Lunatic asylums in Bengal annual reports 1899-1911 - 1899-1911
Year: 1899
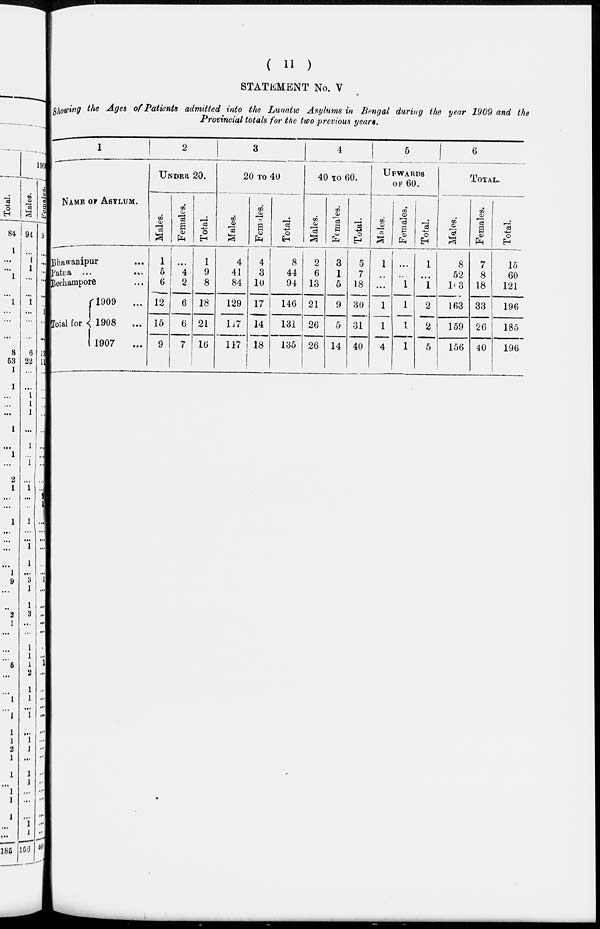
( 11 )
STATEMENT No. V
Showing the Ages of Patients admitted into the Lunatic Asylums in Bengal during the year 1909 and the
Provincial totals for the two previous years.
1
NAME OF ASYLUM.
Bhawanipur ...
Patna ...
...
Berhampore ...
Total for
1909
...
1908
...
1907
...
2
UNDER 20.
Males.
1
5
6
12
15
9
Females.
...
4
2
6
6
7
Total.
1
9
8
18
21
16
3
20 TO 40
Males.
4
41
84
129
117
117
Females.
4
3
10
17
14
18
Total.
8
44
94
146
131
135
4
40 TO 60.
Males.
2
6
13
21
26
26
Females.
3
1
5
9
5
14
Total.
5
7
18
30
31
40
5
UPWARDS
OF 60.
Males.
1
...
...
1
1
4
Females.
...
...
1
1
1
1
Total.
1
...
1
2
2
5
6
TOTAL.
Males.
8
52
103
163
159
156
Females.
7
8
18
33
26
40
Total.
15
60
121
196
185
196